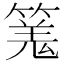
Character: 𥱑